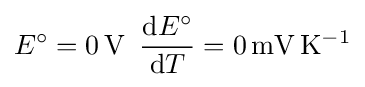
E^{\circ }=0\,\mathrm {V} \,\,\,{\frac {\mathrm {d} E^{\circ }}{\mathrm {d} T}}=0\,\mathrm {mV\,K^{-1}}